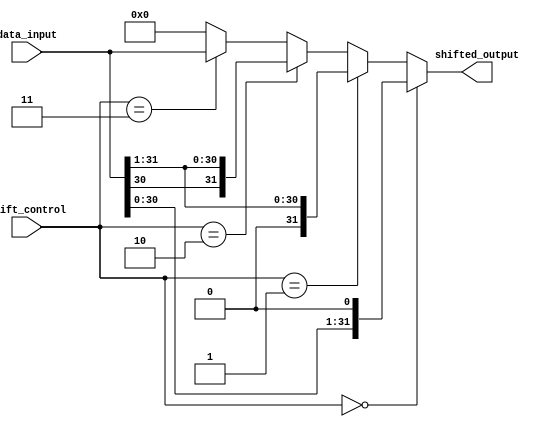
module barrel_shifter (
    input [31:0] data_input,
    input [1:0] shift_control,
    output reg [31:0] shifted_output
);

always @* begin
    // Logical Shift Left
    if(shift_control == 2'b00) shifted_output = data_input << 1;
    // Logical Shift Right
    else if(shift_control == 2'b01) shifted_output = data_input >> 1;
    // Arithmetic Shift Left
    else if(shift_control == 2'b10) shifted_output = {$signed(data_input[30]), data_input[31:1]};
    // Arithmetic Shift Right
    else if(shift_control == 2'b11) shifted_output = {$signed(data_input[31]), data_input[30:0]};
    else shifted_output = 32'b0;
end

endmodule